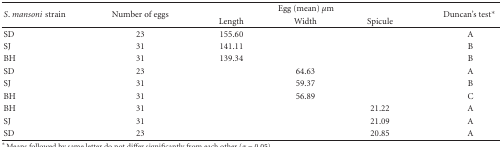
<table><thead><tr><td rowspan="2"><b><i>S</i>. <i>mansoni</i>strain</b></td><td rowspan="2"><b>Number of eggs</b></td><td colspan="3"><b>Egg (mean) <i>μ</i>m</b></td><td rowspan="2"><b>Duncan&#x27;s test*</b></td></tr><tr><td><b>Length</b></td><td><b>Width</b></td><td><b>Spicule</b></td></tr></thead><tbody><tr><td>SD</td><td>23</td><td>155.60</td><td> </td><td> </td><td>A</td></tr><tr><td>SJ</td><td>31</td><td>141.11</td><td> </td><td> </td><td>B</td></tr><tr><td>BH</td><td>31</td><td>139.34</td><td> </td><td> </td><td>B</td></tr><tr><td>SD</td><td>23</td><td> </td><td>64.63</td><td> </td><td>A</td></tr><tr><td>SJ</td><td>31</td><td> </td><td>59.37</td><td> </td><td>B</td></tr><tr><td>BH</td><td>31</td><td> </td><td>56.89</td><td> </td><td>C</td></tr><tr><td>BH</td><td>31</td><td> </td><td> </td><td>21.22</td><td>A</td></tr><tr><td>SJ</td><td>31</td><td> </td><td> </td><td>21.09</td><td>A</td></tr><tr><td>SD</td><td>23</td><td> </td><td> </td><td>20.85</td><td>A</td></tr></tbody></table>